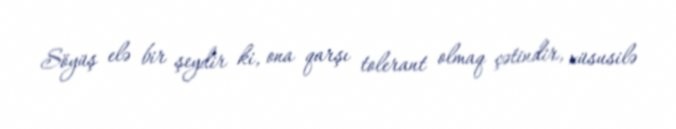
Söyüş elə bir şeydir ki, ona qarşı tolerant olmaq çətindir, xüsusilə